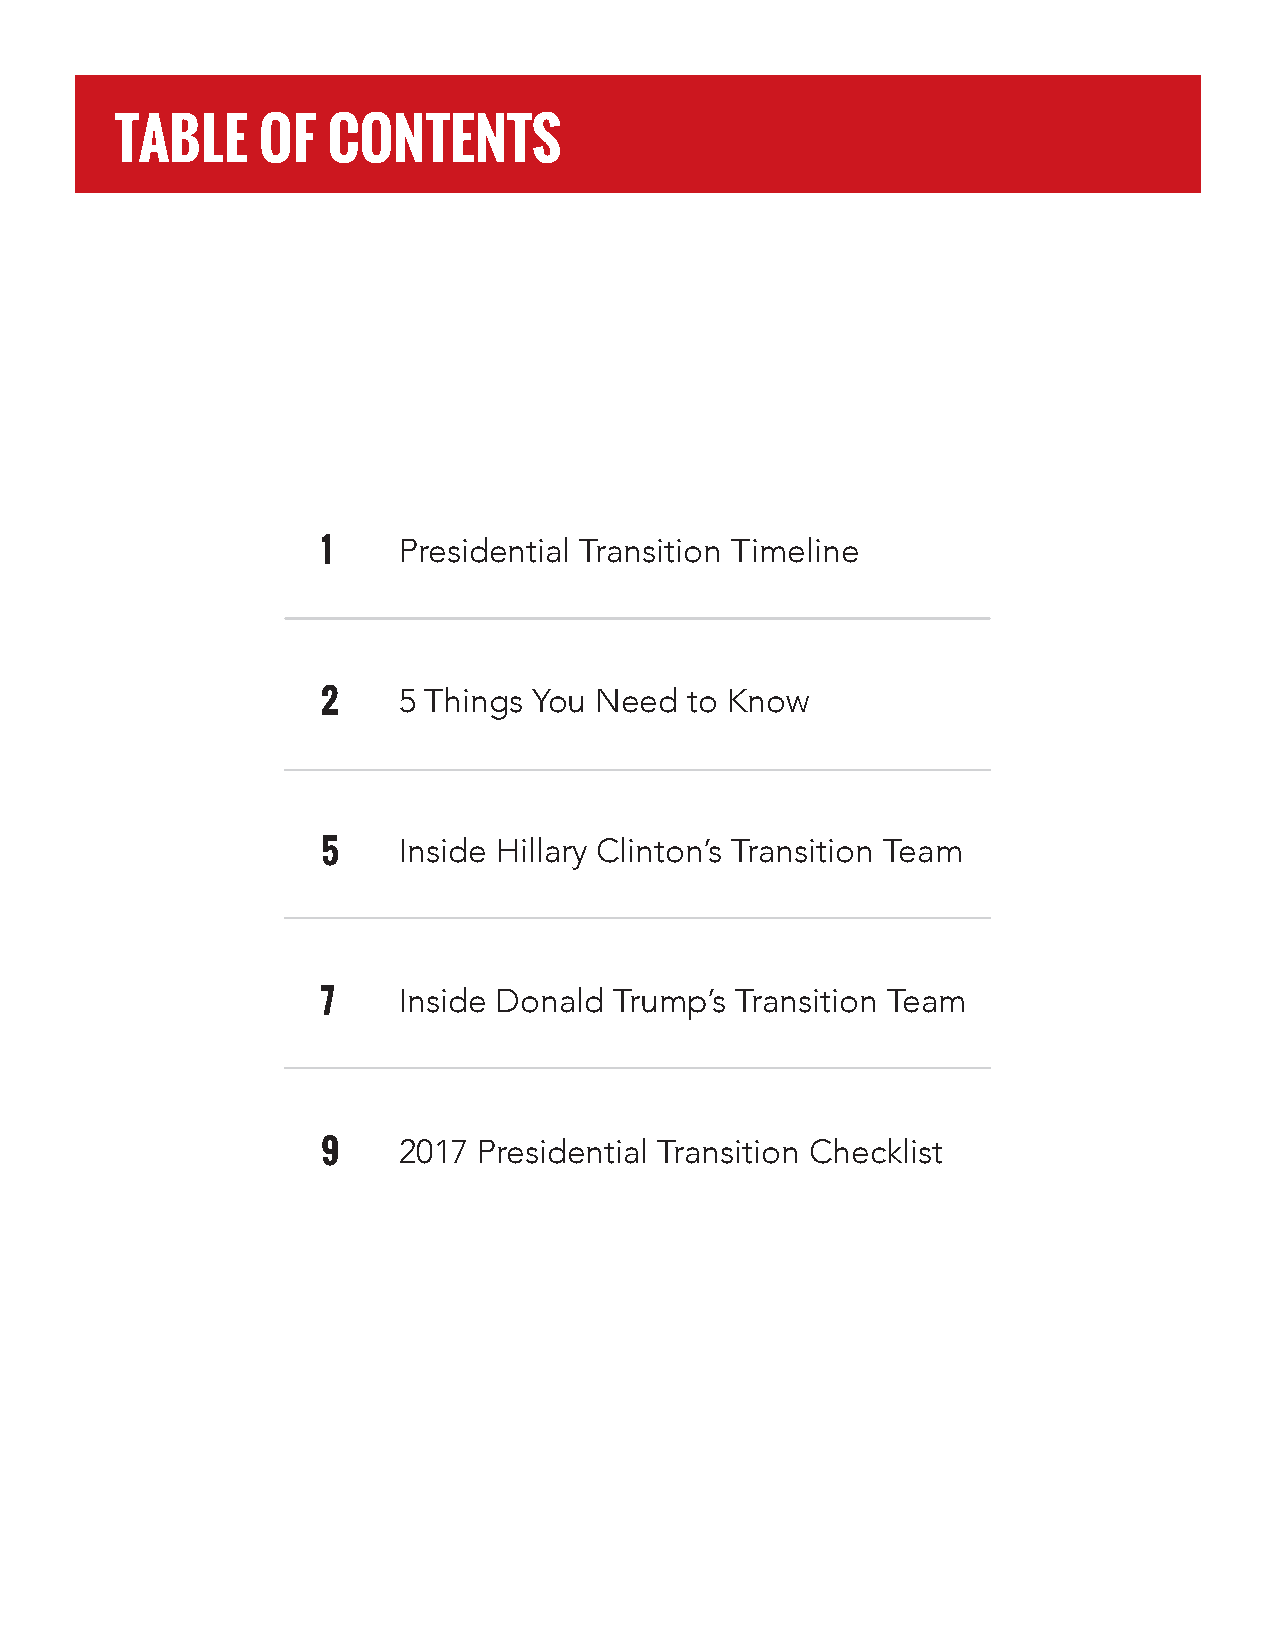
TABLE    OF   CONTENTS
 1    Presidential Transition Timeline
 2    5 Things You Need   to Know
 5    Inside Hillary Clinton’s Transition Team
 7    Inside Donald  Trump’s Transition Team
 9    2017  Presidential Transition Checklist
 © 2016 POLITICO Pro                       2